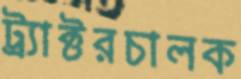
ট্র্যাক্টরচালক